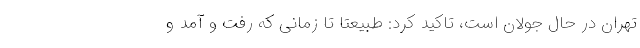
تهران در حال جولان است، تاکید کرد: طبیعتاً تا زمانی که رفت و آمد و